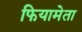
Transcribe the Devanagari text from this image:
फियामेता